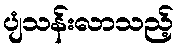
ပျံသန်းလာသည့်